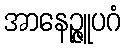
အာနေဉ္ဇူပဂံ